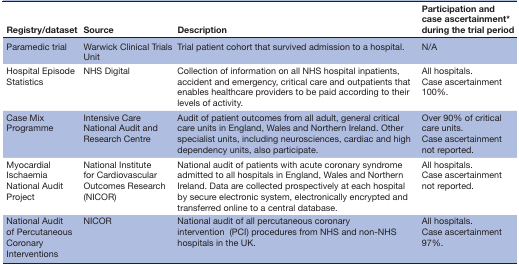
<table><thead><tr><td><b>Registry/dataset</b></td><td><b>Source</b></td><td><b>Description</b></td><td><b>Participation and case ascertainment* during the trial period</b></td></tr></thead><tbody><tr><td>Paramedic trial</td><td>Warwick Clinical Trials Unit</td><td>Trial patient cohort that survived admission to a hospital.</td><td>N/A</td></tr><tr><td>Hospital Episode Statistics</td><td>NHS Digital</td><td>Collection of information on all NHS hospital inpatients, accident and emergency, critical care and outpatients that enables healthcare providers to be paid according to their levels of activity.</td><td>All hospitals. Case ascertainment 100%.</td></tr><tr><td>Case Mix Programme</td><td>Intensive Care National Audit and Research Centre</td><td>Audit of patient outcomes from all adult, general critical care units in England, Wales and Northern Ireland. Other specialist units, including neurosciences, cardiac and high dependency units, also participate.</td><td>Over 90% of critical care units. Case ascertainment not reported.</td></tr><tr><td>Myocardial Ischaemia National Audit Project</td><td>National Institute for Cardiovascular Outcomes Research (NICOR)</td><td>National audit of patients with acute coronary syndrome admitted to all hospitals in England, Wales and Northern Ireland. Data are collected prospectively at each hospital by secure electronic system, electronically encrypted and transferred online to a central database.</td><td>All hospitals. Case ascertainment not reported.</td></tr><tr><td>National Audit of Percutaneous Coronary Interventions</td><td>NICOR</td><td>National audit of all percutaneous coronary intervention (PCI) procedures from NHS and non-NHS hospitals in the UK.</td><td>All hospitals. Case ascertainment 97%.</td></tr></tbody></table>